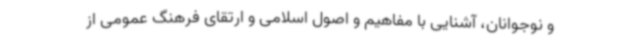
و نوجوانان، آشنایی با مفاهیم و اصول اسلامی و ارتقای فرهنگ عمومی از